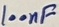
Text: 100nF